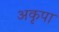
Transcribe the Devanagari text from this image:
अकृपा